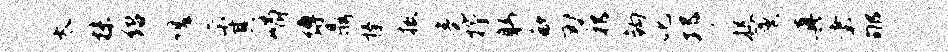
太抹绍嗟示其峭缚鼎榛披竟抒躬欷刃祁钩叱邛捉薰真聿郇